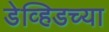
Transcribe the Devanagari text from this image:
डेव्हिडच्या